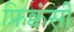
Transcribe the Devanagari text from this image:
फ्रिक्वंसी